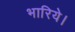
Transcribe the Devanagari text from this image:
भारिये।